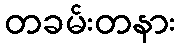
တခမ်းတနား